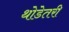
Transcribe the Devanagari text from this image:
थोडेतरी